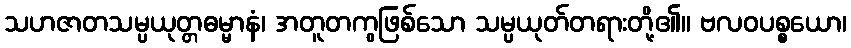
သဟဇာတသမ္ပယုတ္တဓမ္မာနံ၊ အတူတကွဖြစ်သော သမ္ပယုတ်တရားတို့၏။ ဗလဝပစ္စယော၊